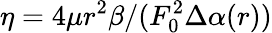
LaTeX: \eta=4\mu r^{2}\beta/(F_{0}^{2}\Delta\alpha(r))